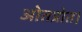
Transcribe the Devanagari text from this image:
ओतप्रोत।